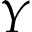
Y